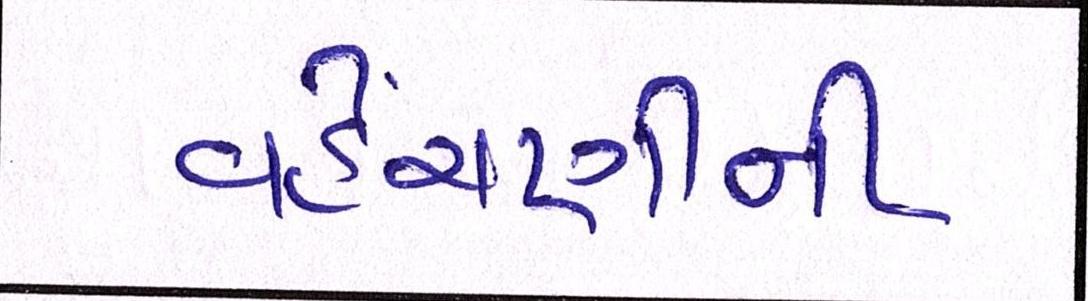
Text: વહેંચણીની